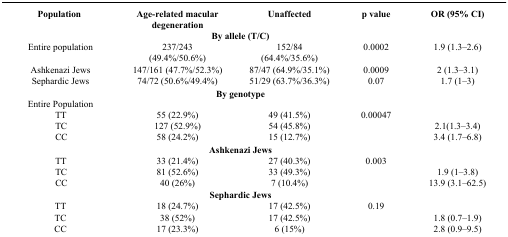
<table><thead><tr><td><b>Population </b></td><td><b>Age-related macular degeneration</b></td><td><b>Unaffected</b></td><td><b>p value</b></td><td><b>OR (95% CI)</b></td></tr></thead><tbody><tr><td colspan="5"><b>By allele (T/C)</b></td></tr><tr><td>Entire population</td><td>237/243 (49.4%/50.6%)</td><td>152/84 (64.4%/35.6%)</td><td>0.0002</td><td>1.9 (1.3–2.6)</td></tr><tr><td>Ashkenazi Jews</td><td>147/161 (47.7%/52.3%)</td><td>87/47 (64.9%/35.1%)</td><td>0.0009</td><td>2 (1.3–3.1)</td></tr><tr><td>Sephardic Jews</td><td>74/72 (50.6%/49.4%)</td><td>51/29 (63.7%/36.3%)</td><td>0.07</td><td>1.7 (1–3)</td></tr><tr><td colspan="5"><b>By genotype</b></td></tr><tr><td>Entire Population</td><td></td><td></td><td></td><td></td></tr><tr><td>TT</td><td>55 (22.9%)</td><td>49 (41.5%)</td><td>0.00047</td><td></td></tr><tr><td>TC</td><td>127 (52.9%)</td><td>54 (45.8%)</td><td> </td><td>2.1(1.3–3.4)</td></tr><tr><td>CC</td><td>58 (24.2%)</td><td>15 (12.7%)</td><td> </td><td>3.4 (1.7–6.8)</td></tr><tr><td colspan="5"><b>Ashkenazi Jews</b></td></tr><tr><td>TT</td><td>33 (21.4%)</td><td>27 (40.3%)</td><td>0.003</td><td></td></tr><tr><td>TC</td><td>81 (52.6%)</td><td>33 (49.3%)</td><td> </td><td>1.9 (1–3.8)</td></tr><tr><td>CC</td><td>40 (26%)</td><td>7 (10.4%)</td><td> </td><td>13.9 (3.1–62.5)</td></tr><tr><td colspan="5"><b>Sephardic Jews</b></td></tr><tr><td>TT</td><td>18 (24.7%)</td><td>17 (42.5%)</td><td>0.19</td><td></td></tr><tr><td>TC</td><td>38 (52%)</td><td>17 (42.5%)</td><td> </td><td>1.8 (0.7–1.9)</td></tr><tr><td>CC</td><td>17 (23.3%)</td><td>6 (15%)</td><td> </td><td>2.8 (0.9–9.5)</td></tr></tbody></table>